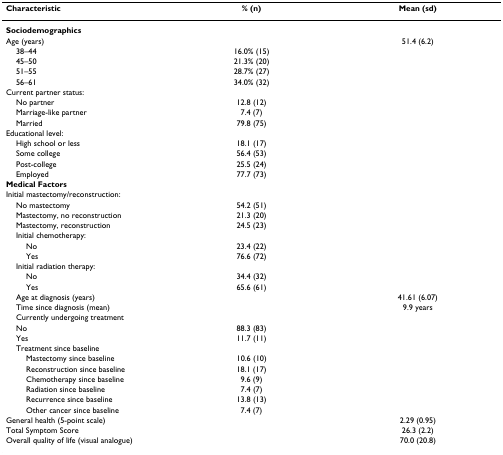
<table><thead><tr><td><b>Characteristic</b></td><td><b>% (n)</b></td><td><b>Mean (sd)</b></td></tr></thead><tbody><tr><td><b>Sociodemographics</b></td><td></td><td></td></tr><tr><td>Age (years)</td><td></td><td>51.4 (6.2)</td></tr><tr><td> 38–44</td><td>16.0% (15)</td><td></td></tr><tr><td> 45–50</td><td>21.3% (20)</td><td></td></tr><tr><td> 51–55</td><td>28.7% (27)</td><td></td></tr><tr><td> 56–61</td><td>34.0% (32)</td><td></td></tr><tr><td>Current partner status:</td><td></td><td></td></tr><tr><td> No partner</td><td>12.8 (12)</td><td></td></tr><tr><td> Marriage-like partner</td><td>7.4 (7)</td><td></td></tr><tr><td> Married</td><td>79.8 (75)</td><td></td></tr><tr><td>Educational level:</td><td></td><td></td></tr><tr><td> High school or less</td><td>18.1 (17)</td><td></td></tr><tr><td> Some college</td><td>56.4 (53)</td><td></td></tr><tr><td> Post-college</td><td>25.5 (24)</td><td></td></tr><tr><td> Employed</td><td>77.7 (73)</td><td></td></tr><tr><td><b>Medical Factors</b></td><td></td><td></td></tr><tr><td>Initial mastectomy/reconstruction:</td><td></td><td></td></tr><tr><td> No mastectomy</td><td>54.2 (51)</td><td></td></tr><tr><td> Mastectomy, no reconstruction</td><td>21.3 (20)</td><td></td></tr><tr><td> Mastectomy, reconstruction</td><td>24.5 (23)</td><td></td></tr><tr><td> Initial chemotherapy:</td><td></td><td></td></tr><tr><td>No</td><td>23.4 (22)</td><td></td></tr><tr><td>Yes</td><td>76.6 (72)</td><td></td></tr><tr><td> Initial radiation therapy:</td><td></td><td></td></tr><tr><td>No</td><td>34.4 (32)</td><td></td></tr><tr><td>Yes</td><td>65.6 (61)</td><td></td></tr><tr><td> Age at diagnosis (years)</td><td></td><td>41.61 (6.07)</td></tr><tr><td> Time since diagnosis (mean)</td><td></td><td>9.9 years</td></tr><tr><td> Currently undergoing treatment</td><td></td><td></td></tr><tr><td> No</td><td>88.3 (83)</td><td></td></tr><tr><td> Yes</td><td>11.7 (11)</td><td></td></tr><tr><td> Treatment since baseline</td><td></td><td></td></tr><tr><td>Mastectomy since baseline</td><td>10.6 (10)</td><td></td></tr><tr><td>Reconstruction since baseline</td><td>18.1 (17)</td><td></td></tr><tr><td>Chemotherapy since baseline</td><td>9.6 (9)</td><td></td></tr><tr><td>Radiation since baseline</td><td>7.4 (7)</td><td></td></tr><tr><td>Recurrence since baseline</td><td>13.8 (13)</td><td></td></tr><tr><td>Other cancer since baseline</td><td>7.4 (7)</td><td></td></tr><tr><td>General health (5-point scale)</td><td></td><td>2.29 (0.95)</td></tr><tr><td>Total Symptom Score</td><td></td><td>26.3 (2.2)</td></tr><tr><td>Overall quality of life (visual analogue)</td><td></td><td>70.0 (20.8)</td></tr></tbody></table>